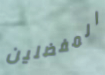
المفضلين